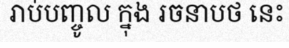
រាប់បញ្ចូល ក្នុង រចនាបថ នេះ